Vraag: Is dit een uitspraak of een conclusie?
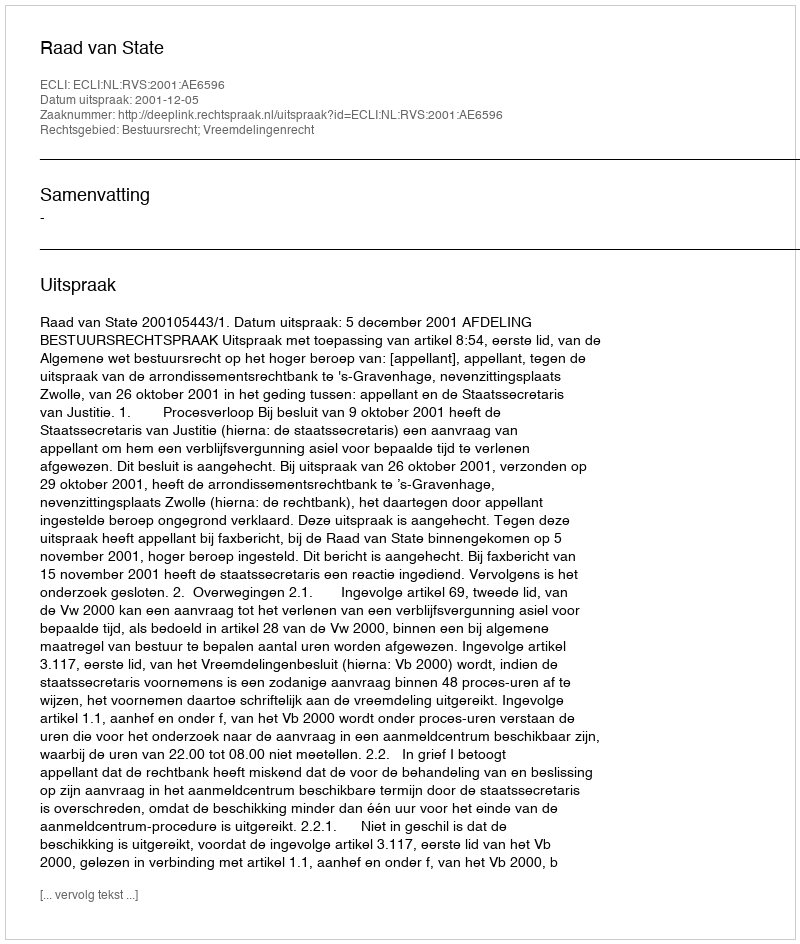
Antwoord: Uitspraak